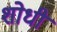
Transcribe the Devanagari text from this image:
शोधी